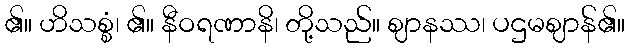
၏။ ဟိသစ္စံ၊ ၏။ နီဝရဏာနိ၊ တို့သည်။ ဈာနဿ၊ ပဌမဈာန်၏။